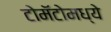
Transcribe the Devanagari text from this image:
टोमॅटोमध्ये